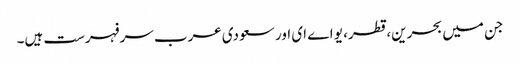
جن میں بحرین، قطر، یو اے ای اور سعودی عرب سرفہرست ہیں۔